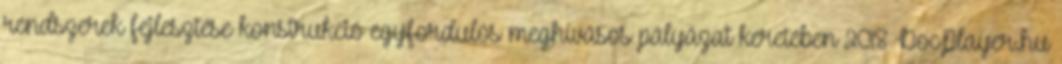
rendszerek fejlesztése konstrukció egyfordulós meghívásos pályázat keretében 2018 DocPlayer.hu